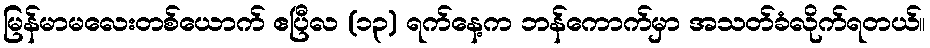
မြန်မာမလေးတစ်ယောက် ဧပြီလ (၁၃) ရက်နေ့က ဘန်ကောက်မှာ အသတ်ခံလိုက်ရတယ်။